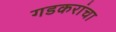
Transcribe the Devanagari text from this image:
गडकरांचा